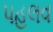
પહલવ